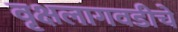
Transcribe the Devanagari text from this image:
वृक्षलागवडीचे